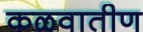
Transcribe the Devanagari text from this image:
कळवातीण